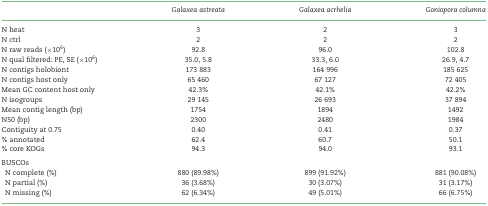
|  | Galaxea astreata | Galaxea acrhelia | Goniopora columna |
 | --- | --- | --- | --- |
 | N heat | 3 | 2 | 3 |
 | N ctrl | 2 | 2 | 2 |
 | N raw reads (×106) | 92.8 | 96.0 | 102.8 |
 | N qual filtered: PE, SE (×106) | 35.0, 5.8 | 33.3, 6.0 | 26.9, 4.7 |
 | N contigs holobiont | 173 883 | 164 996 | 185 625 |
 | N contigs host only | 65 460 | 67 127 | 72 405 |
 | Mean GC content host only | 42.3% | 42.1% | 42.2% |
 | N isogroups | 29 145 | 26 693 | 37 894 |
 | Mean contig length (bp) | 1754 | 1894 | 1492 |
 | N50 (bp) | 2300 | 2480 | 1984 |
 | Contiguity at 0.75 | 0.40 | 0.41 | 0.37 |
 | % annotated | 62.4 | 60.7 | 50.1 |
 | % core KOGs | 94.3 | 94.0 | 93.1 |
 | <COLSPAN=4> BUSCOs |
 | N complete (%) | 880 (89.98%) | 899 (91.92%) | 881 (90.08%) |
 | N partial (%) | 36 (3.68%) | 30 (3.07%) | 31 (3.17%) |
 | N missing (%) | 62 (6.34%) | 49 (5.01%) | 66 (6.75%) |